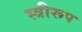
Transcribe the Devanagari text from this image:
स्त्रीरूप